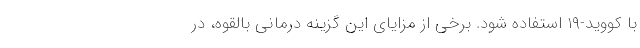
با کووید-۱۹ استفاده شود. برخی از مزایای این گزینه درمانی بالقوه، در